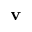
\mathbf { v }